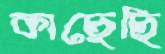
কাছেছি